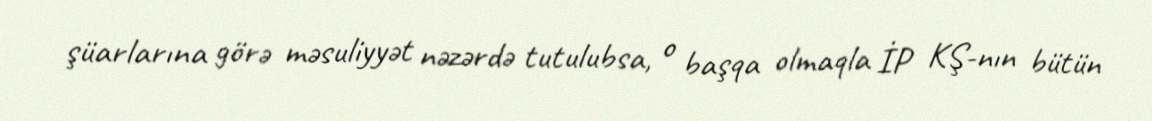
şüarlarına görə məsuliyyət nəzərdə tutulubsa, o başqa olmaqla İP KŞ-nın bütün